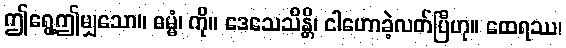
ဤရွေ့ဤမျှသော။ ဓမ္မံ၊ ကို။ ဒေသေသိန္တိ၊ ငါဟောခဲ့လတ်ပြီဟု။ ထေရဿ၊